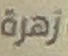
زهرة